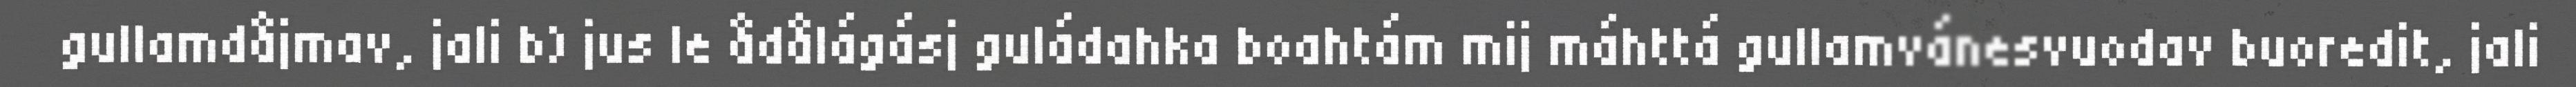
gullamdåjmav, jali b) jus le ådålágásj guládahka boahtám mij máhttá gullamvánesvuodav buoredit, jali